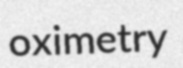
oximetry